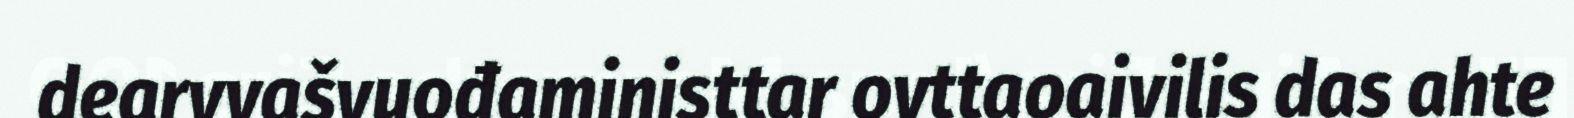
dearvvašvuođaministtar ovttaoaivilis das ahte